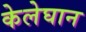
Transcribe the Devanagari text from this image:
केलेघान